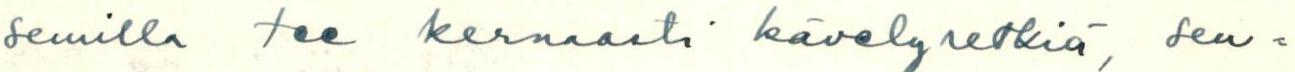
semilla tee kernaasti kävelyretkiä, seu=